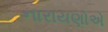
નારાયણોએ